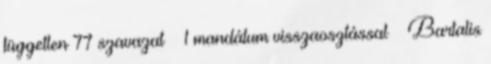
független 77 szavazat – 1 mandátum visszaosztással – Bartalis